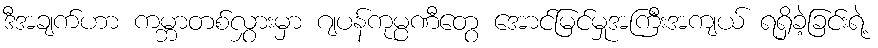
ဒီအချက်ဟာ ကမ္ဘာတစ်လွှားမှာ ဂျပန်ကုမ္ပဏီတွေ အောင်မြင်မှုအကြီးအကျယ် ရရှိခဲ့ခြင်းရဲ့